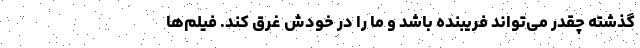
گذشته چقدر می‌تواند فریبنده باشد و ما را در خودش غرق کند. فیلم‌ها